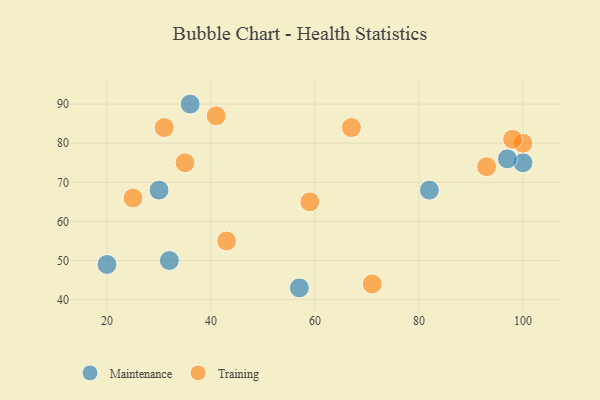
{"axis": {"x": "GDP", "y": "Life Expectancy"}, "legend": ["Maintenance", "Training"], "data": [{"x": "32", "y": 50, "type": "Maintenance"}, {"x": "82", "y": 68, "type": "Maintenance"}, {"x": "20", "y": 49, "type": "Maintenance"}, {"x": "57", "y": 43, "type": "Maintenance"}, {"x": "30", "y": 68, "type": "Maintenance"}, {"x": "100", "y": 75, "type": "Maintenance"}, {"x": "36", "y": 90, "type": "Maintenance"}, {"x": "97", "y": 76, "type": "Maintenance"}, {"x": "100", "y": 80, "type": "Training"}, {"x": "41", "y": 87, "type": "Training"}, {"x": "93", "y": 74, "type": "Training"}, {"x": "31", "y": 84, "type": "Training"}, {"x": "98", "y": 81, "type": "Training"}, {"x": "25", "y": 66, "type": "Training"}, {"x": "59", "y": 65, "type": "Training"}, {"x": "35", "y": 75, "type": "Training"}, {"x": "71", "y": 44, "type": "Training"}, {"x": "67", "y": 84, "type": "Training"}, {"x": "43", "y": 55, "type": "Training"}]}